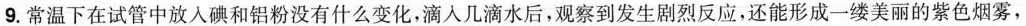
9.常温下在试管中放入碘和铝粉没有什么变化，滴入几滴水后，观察到发生剧烈反应，还能形成一缕美丽的紫色烟雾，